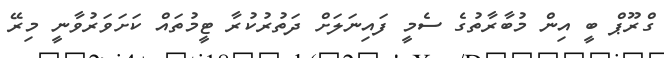
ގްރޫޕް ބީ އިން މުބާރާތުގެ ސެމީ ފައިނަލަށް ދަތުރުކުރާ ޓީމުތައް ކަށަވަރުވާނީ މިރޭ